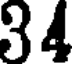
34